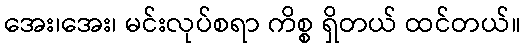
အေး၊အေး၊ မင်းလုပ်စရာ ကိစ္စ ရှိတယ် ထင်တယ်။